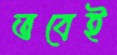
তবেই